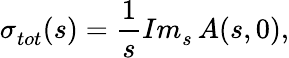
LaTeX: \sigma_{tot}^{}(s)=\frac 1sIm_{s}^{}\, A(s,0),